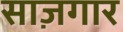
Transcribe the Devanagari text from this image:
साज़गार